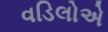
વડિલોએ